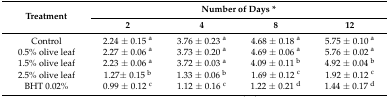
<table><thead><tr><td rowspan="2"><b>Treatment</b></td><td colspan="4"><b>Number of Days *</b></td></tr><tr><td><b>2</b></td><td><b>4</b></td><td><b>8</b></td><td><b>12</b></td></tr></thead><tbody><tr><td>Control</td><td>2.24 ± 0.15 <sup>a</sup></td><td>3.76 ± 0.23 <sup>a</sup></td><td>4.68 ± 0.18 <sup>a</sup></td><td>5.75 ± 0.10 <sup>a</sup></td></tr><tr><td>0.5% olive leaf</td><td>2.27 ± 0.06 <sup>a</sup></td><td>3.73 ± 0.20 <sup>a</sup></td><td>4.69 ± 0.06 <sup>a</sup></td><td>5.76 ± 0.02 <sup>a</sup></td></tr><tr><td>1.5% olive leaf</td><td>2.23 ± 0.06 <sup>a</sup></td><td>3.72 ± 0.03 <sup>a</sup></td><td>4.09 ± 0.11 <sup>b</sup></td><td>4.92 ± 0.04 <sup>b</sup></td></tr><tr><td>2.5% olive leaf</td><td>1.27± 0.15 <sup>b</sup></td><td>1.33 ± 0.06 <sup>b</sup></td><td>1.69 ± 0.12 <sup>c</sup></td><td>1.92 ± 0.12 <sup>c</sup></td></tr><tr><td>BHT 0.02%</td><td>0.99 ± 0.12 <sup>c</sup></td><td>1.12 ± 0.16 <sup>c</sup></td><td>1.22 ± 0.21 <sup>d</sup></td><td>1.44 ± 0.17 <sup>d</sup></td></tr></tbody></table>